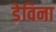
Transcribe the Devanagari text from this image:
डेविना